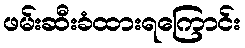
ဖမ်းဆီးခံထားရကြောင်း